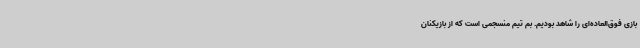
بازی فوق‌العاده‌ای را شاهد بودیم. بم تیم منسجمی است که از بازیکنان